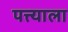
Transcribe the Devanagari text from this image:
पत्त्याला